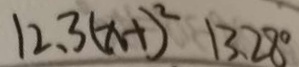
1 2 . 3 ( x - 1 ) ^ { 2 } 1 3 . 2 8 ^ { \circ }